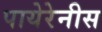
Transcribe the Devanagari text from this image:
पायेरेनीस